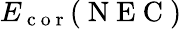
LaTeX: E_{\mathrm{~c~o~r~}}(\mathrm{~N~E~C~})